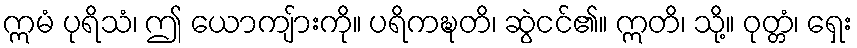
ဣမံ ပုရိသံ၊ ဤ ယောကျ်ားကို။ ပရိကဍ္ဎတိ၊ ဆွဲငင်၏။ ဣတိ၊ သို့။ ဝုတ္တံ၊ ရှေး